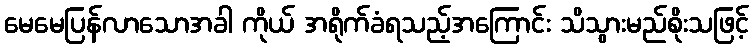
မေမေပြန်လာသောအခါ ကိုယ် အရိုက်ခံရသည့်အကြောင်း သိသွားမည်စိုးသဖြင့်